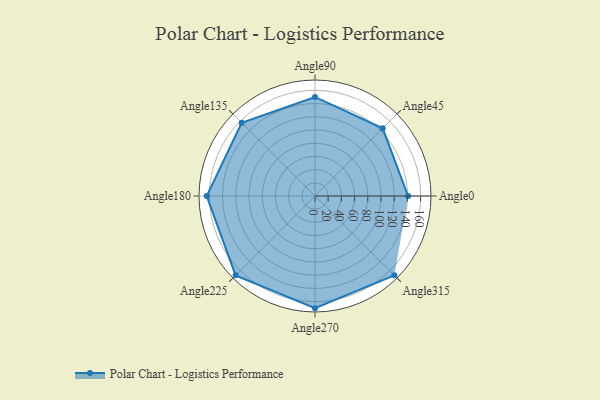
{"axis": {"x": "Angle", "y": "Radius"}, "legend": [""], "data": [{"x": "Angle0", "y": 141.0, "type": ""}, {"x": "Angle45", "y": 145.0, "type": ""}, {"x": "Angle90", "y": 150.0, "type": ""}, {"x": "Angle135", "y": 157.0, "type": ""}, {"x": "Angle180", "y": 164.0, "type": ""}, {"x": "Angle225", "y": 170, "type": ""}, {"x": "Angle270", "y": 170, "type": ""}, {"x": "Angle315", "y": 170, "type": ""}]}